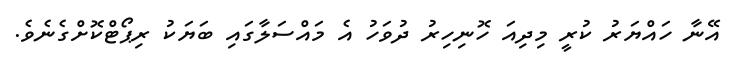
އޭނާ ހައްޔަރު ކުރީ މިދިއަ ހޮނިހިރު ދުވަހު އެ މައްސަލާގައި ބަޔަކު ރިޕޯޓްކޮށްގެނެވެ.